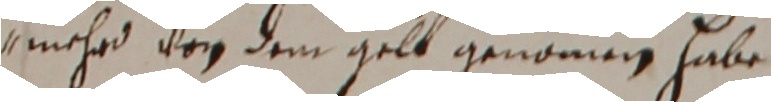
mehr von dem gelt genomen habe